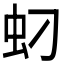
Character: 𱿘